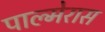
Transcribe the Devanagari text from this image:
पाल्मेरास